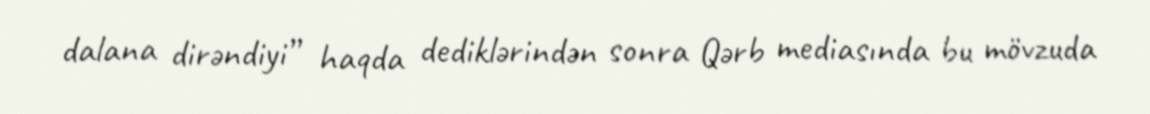
dalana dirəndiyi” haqda dediklərindən sonra Qərb mediasında bu mövzuda